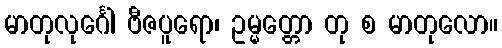
မာတုလုင်္ဂေါ ဗီဇပူရော၊ ဥမ္မတ္တော တု စ မာတုလော။